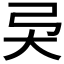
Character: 𢎴